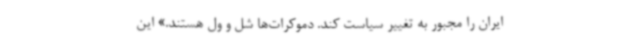
ایران را مجبور به تغییر سیاست کند. دموکرات‌ها شل و ول هستند.» این